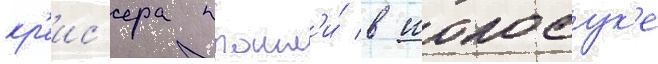
кр'еис'ера прошл'и́ в иокосук'е